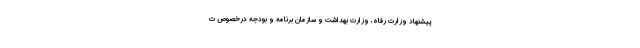
پیشنهاد وزارت رفاه، وزارت بهداشت و سازمان برنامه و بودجه درخصوص ت